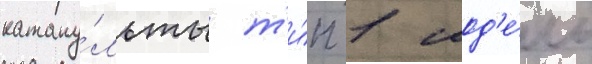
катапу́льты т'и́п 1 мод'е́ль